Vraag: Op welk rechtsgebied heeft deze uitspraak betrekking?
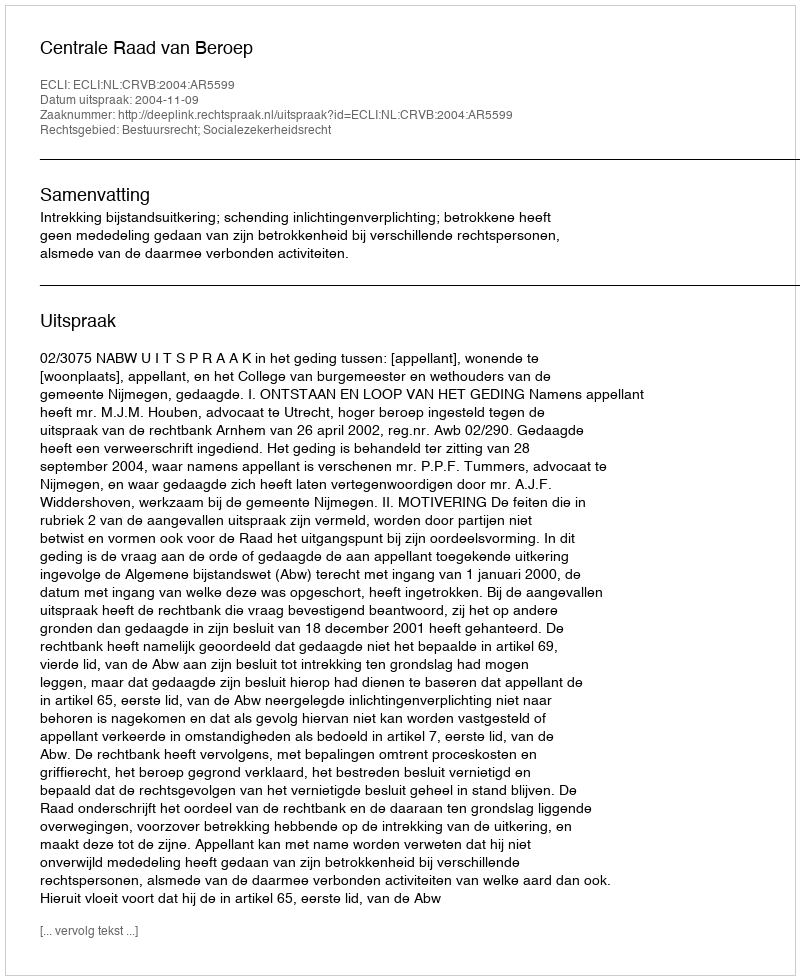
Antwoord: Bestuursrecht; Socialezekerheidsrecht